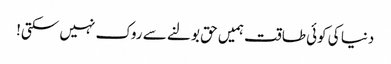
دنیا کی کوئی طاقت ہمیں حق بولنے سے روک نہیں سکتی!